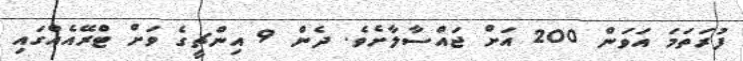
ފުރަތަމަ އަވަން 200 އަށް ޖައްސާލާށެވެ. ދެން 9 އިންޗީގެ ވަށް ޓްރޭއެއްގައި